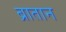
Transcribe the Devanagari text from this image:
ब्रातान